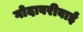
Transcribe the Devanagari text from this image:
गोदावरीबाई